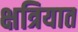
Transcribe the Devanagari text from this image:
क्षत्रियात